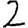
Digit: 2